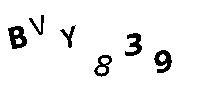
BVY839